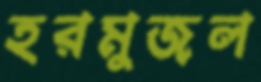
হরমুজল